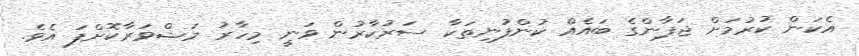
އެކަން ކުރުމަށް ޖަޕާންގެ ބައެއް ކުންފުނިތަކާ ސަރުކާރުން ވަނީ މިހާރު މަޝްވަރާކޮށްފަ އެވެ.